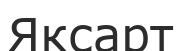
Яксарт